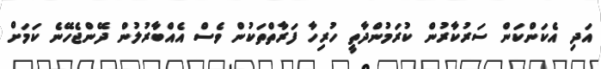
އަދި އެކަންކަން ސަރުކާރުން ކުރަމުންދާތީ ހުރިހާ ފަރާތްތަކުން ވެސް އެއްބާރުލުން ދޭންޖެހޭނެ ކަމަށް